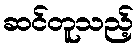
ဆင်တူသည့်